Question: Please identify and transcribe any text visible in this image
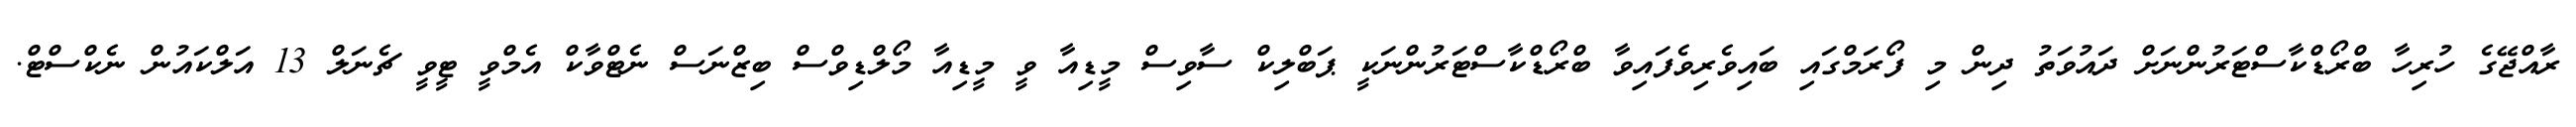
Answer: ރާއްޖޭގެ ހުރިހާ ބްރޯޑްކާސްޓަރުންނަށް ދައުވަތު ދިން މި ފޯރަމްގައި ބައިވެރިވެފައިވާ ބްރޯޑްކާސްޓަރުންނަކީ ޕަބްލިކް ސާވިސް މީޑިއާ ވީ މީޑިއާ މޯލްޑިވްސް ބިޒްނަސް ނެޓްވާކް އެމްވީ ޓީވީ ޗެނަލް 13 އަލްކައުން ނެކްސްޓް.